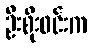
ဦးစိုးဝင်းက